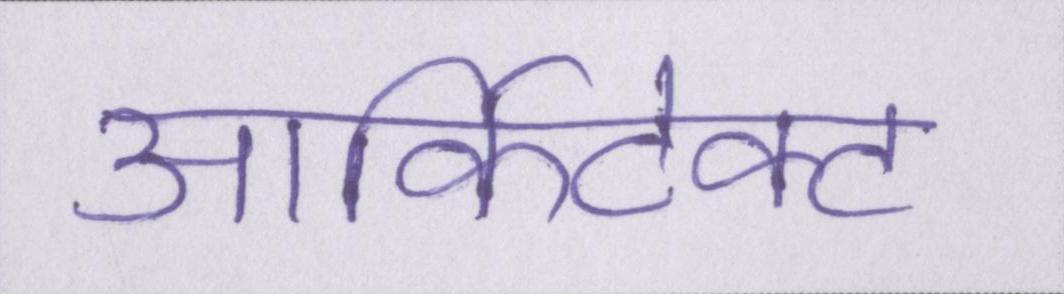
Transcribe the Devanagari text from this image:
आर्किटेक्ट